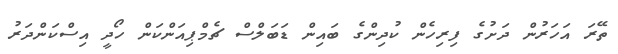
ތޭރަ އަހަރުން ދަށުގެ ފިރިހެން ކުދިންގެ ބައިން ޑަބަލްސް ޗެމްޕިއަންކަން ހޯދީ އިސްކަންދަރު